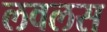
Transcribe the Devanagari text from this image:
लवलस